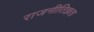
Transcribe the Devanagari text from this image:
राजनीतिज्ञता